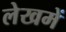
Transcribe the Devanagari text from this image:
लेखमें